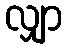
လျှာ